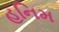
હનિમ